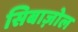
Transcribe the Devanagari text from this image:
सिबाज़ोल